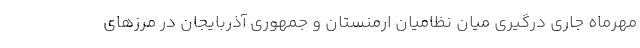
مهرماه جاری درگیری میان نظامیان ارمنستان و جمهوری آذربایجان در مرزهای